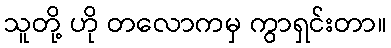
သူတို့ ဟို တလောကမှ ကွာရှင်းတာ။